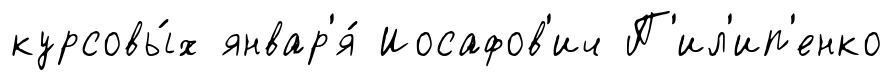
курсовы́х январ'я́ Иосафов'ич П'ил'ип'енко